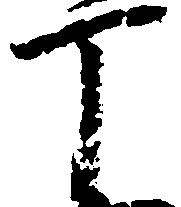
丁